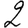
Digit: 2